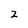
Character: 2